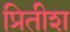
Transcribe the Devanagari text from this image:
प्रितीश